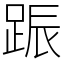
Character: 䟴